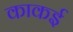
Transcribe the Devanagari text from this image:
काकई